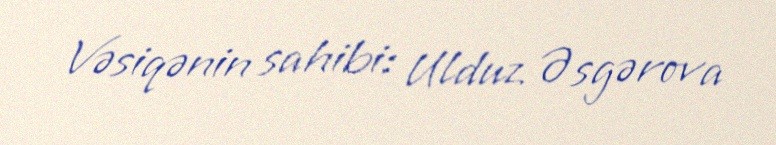
Vəsiqənin sahibi: Ulduz Əsgərova